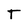
Character: T